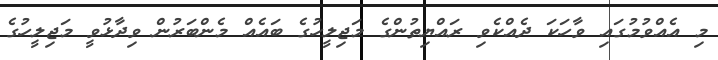
މި އެއްވުމުގައި ވާހަކަ ދެއްކެވި ރައްޔިތުންގެ މަޖިލީހުގެ ބައެއް މެންބަރުން ވިދާޅުވީ މަޖިލީހުގެ